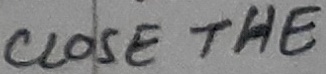
Text: CLOSE THE